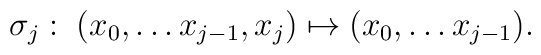
\sigma_{j}:\;(x_{0},\ldots x_{j-1},x_{j})\mapsto (x_{0},\ldots x_{j-1}).